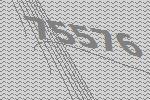
75576